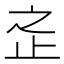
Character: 𱤿